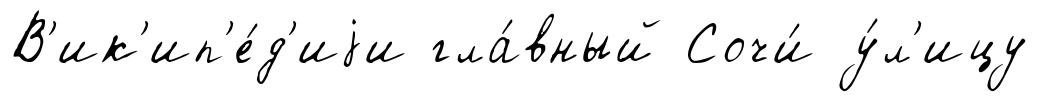
В'ик'ип'е́д'иjи гла́вный Сочи́ у́л'ицу